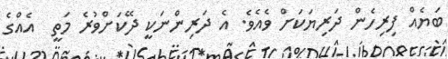
ބަޔެއް ފިރިހެން ދަރިޔަކަށް ވެއެވެ. އެ ދަރިންނަކީ ދޭކަށްވުރެ މަތީ  އެއްގެ